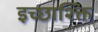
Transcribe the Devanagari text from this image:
इच्छाश्क्ति